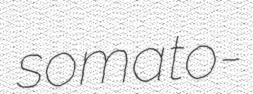
somato-